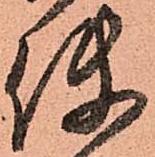
使